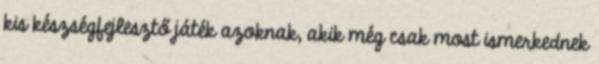
kis készségfejlesztő játék azoknak, akik még csak most ismerkednek